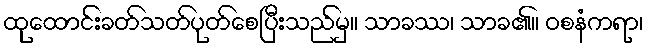
ထုထောင်းခတ်သတ်ပုတ်စေပြီးသည်မှ။ သာခဿ၊ သာခ၏။ ဝစနံကရာ၊